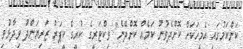
ކަންކަމުގައި އެމީހަކަށް ކޮށްދެވުނު ކަމެއް ކޮށްދޭނެ" ވިކްޓަރީގެ ކުރީގެ ކީޕަރު ޒަރިޔަންދު ވިދާޅުވި